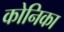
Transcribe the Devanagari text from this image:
कोनिका